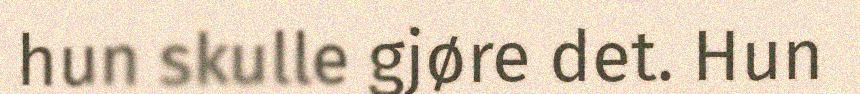
hun skulle gjøre det. Hun